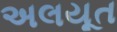
અલયૂત